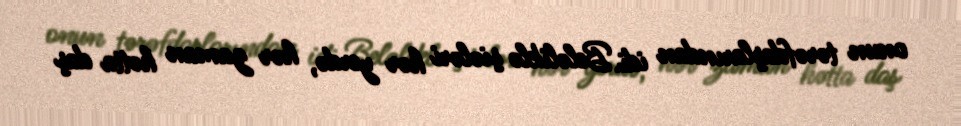
onun tərəfdaşlarından idi. Beləliklə şiələri hər yerdə, hər zaman hətta daş